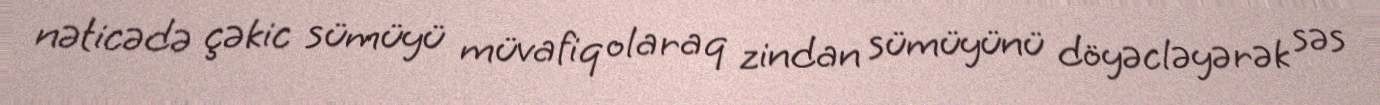
nəticədə çəkic sümüyü müvafiq olaraq zindan sümüyünü döyəcləyərək səs